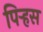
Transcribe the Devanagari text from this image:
पिर्‍हस